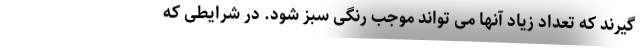
گیرند که تعداد زیاد آنها می تواند موجب رنگی سبز شود. در شرایطی که